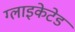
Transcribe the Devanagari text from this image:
ग्लाइकेटेड